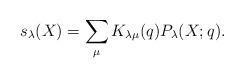
LaTeX: \begin{align*}s_{\lambda}(X)=\sum_{\mu}K_{\lambda \mu}(q)P_{\lambda}(X;q).\end{align*}